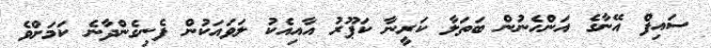
ސައިފް އޭނާގެ އަންހެނުން ބަތަލާ ކަރީނާ ކަޕޫރު އާއިއެކު ލަވައަކުން ފެނިގެންދާނެ ކަމަށްވެ